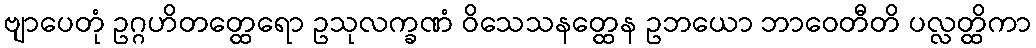
ဗျာပေတုံ ဥဂ္ဂဟိတတ္ထေရော ဥသုလက္ခဏံ ဝိသေသနတ္ထေန ဥဘယော ဘာဝေတီတိ ပလ္လတ္ထိကာ